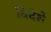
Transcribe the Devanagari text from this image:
विदेशे